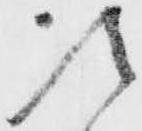
次